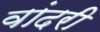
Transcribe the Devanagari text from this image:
वांदरी